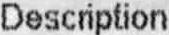
DESCRIPTION